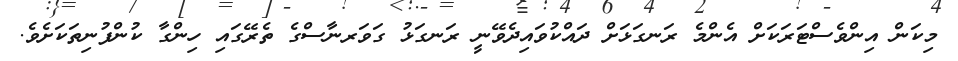
މިކަން އިންވެސްޓަރަކަށް އެންމެ ރަނގަޅަށް ދައްކުވައިދެވޭނީ ރަނގަޅު ގަވަރނާސްގެ ތެރޭގައި ހިންގާ ކުންފުނިތަކަށެވެ.